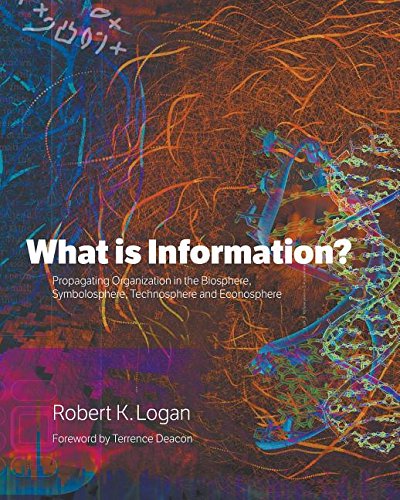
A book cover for What is Information?: Propagating Organization in the Biosphere, Symbolosphere, Technosphere and Econosphere; Robert  K. Logan; Science & Math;